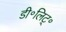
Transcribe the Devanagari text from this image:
डी॰लिट्॰